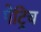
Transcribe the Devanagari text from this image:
पेट्रिच